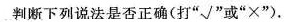
判断下列说法是否正确(打“✓”或“x”).